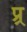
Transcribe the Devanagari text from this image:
प्र्र